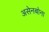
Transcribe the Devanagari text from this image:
असेनबोना